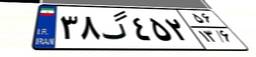
۳۸گ۴۵۲۵۶